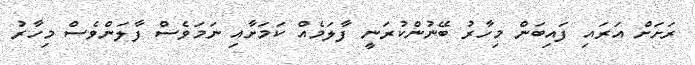
ރަށަށް އަރައި ފައިބަން މިހާރު ބޭނުންކުރަނީ ފާލަމެއް ކަމަށާއި ނަމަވެސް ފާލަންވެސް މިހާރު